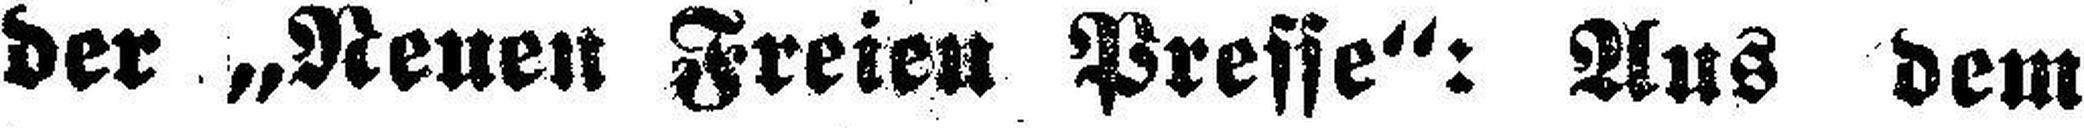
der „Neuen Freien Presse“: Aus dem